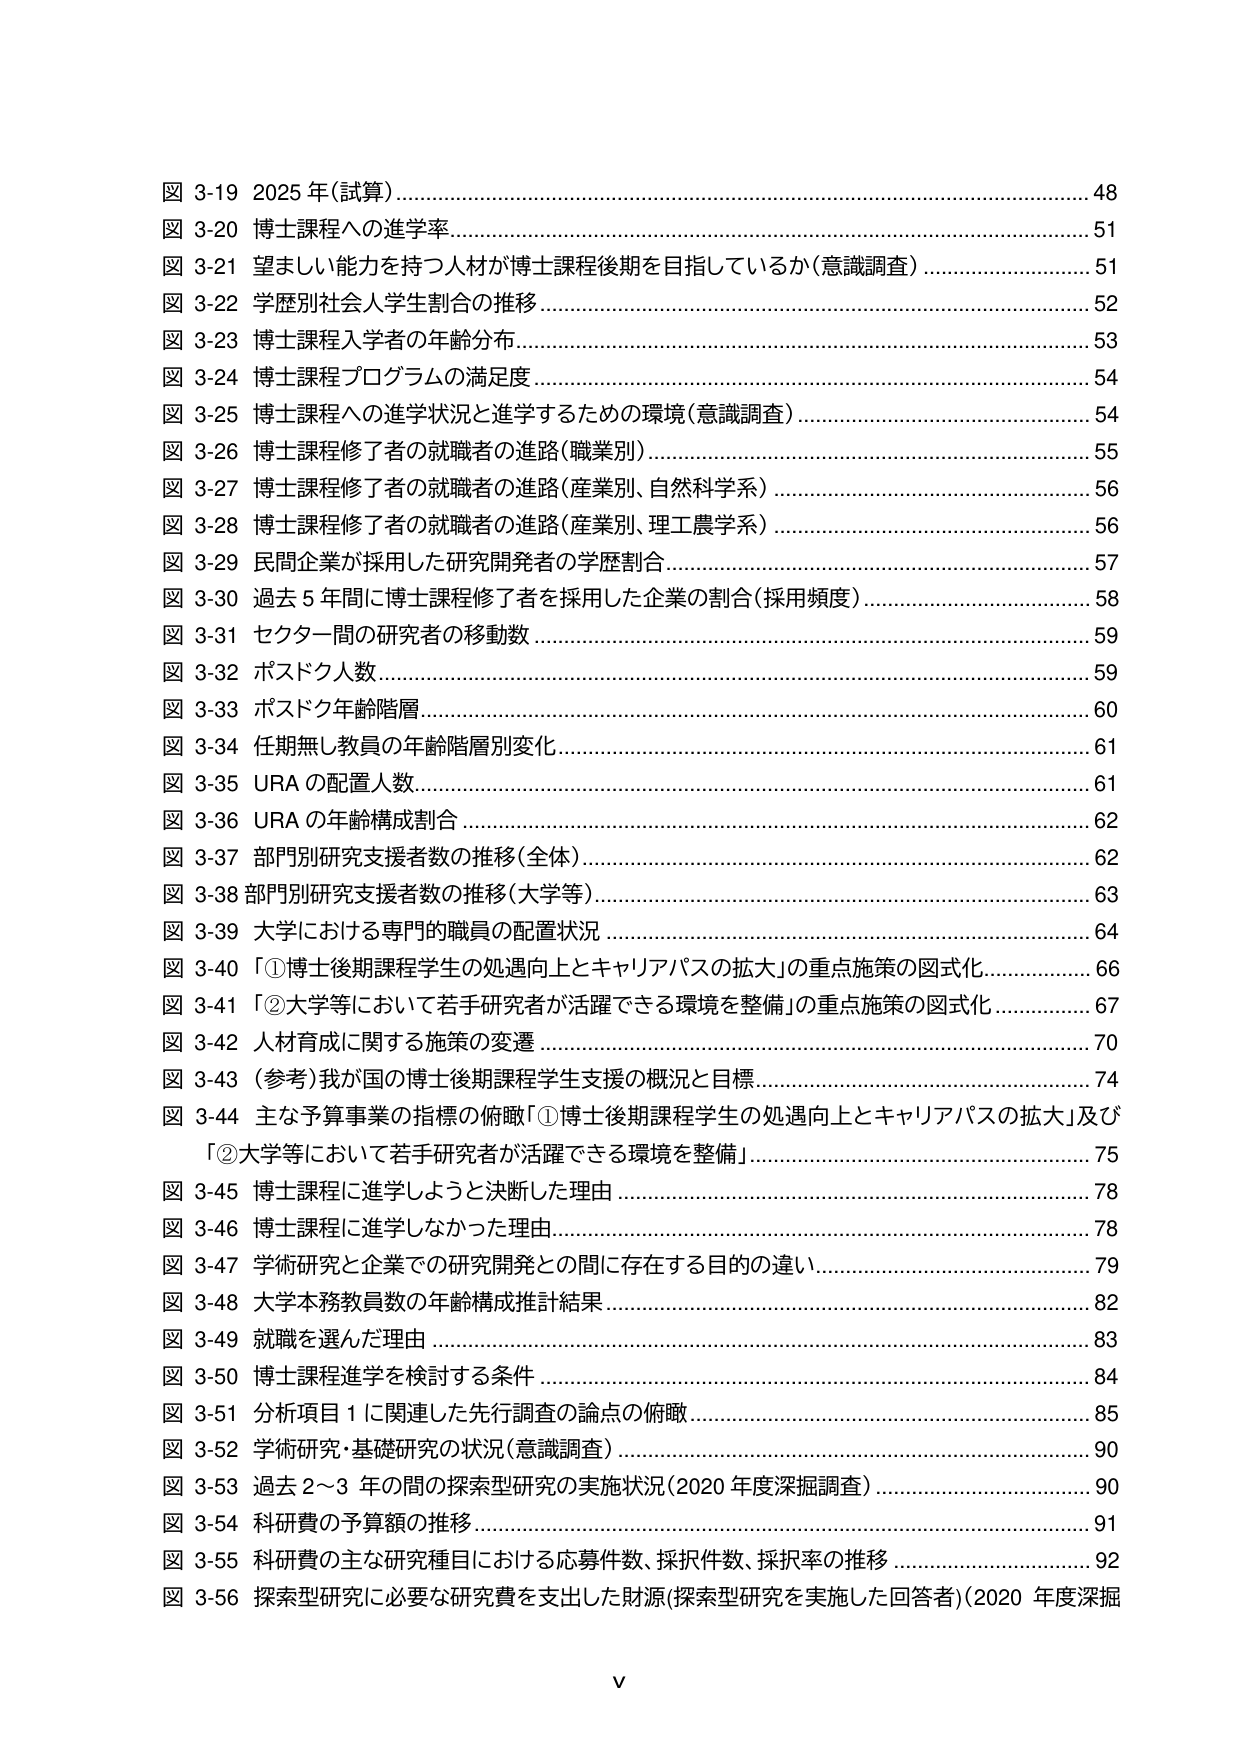
図 3-19 2025年（試算）…………………………………………………………………………………48
図 3-20 博士課程への進学率……………………………………………………………………………51
図 3-21 望ましい能力を持つ人が博士課程後期を目指しているか（意識調査）……………………51
図 3-22 学歴別社会人学生割合の推移…………………………………………………………………52
図 3-23 博士課程入学者の年齢分布……………………………………………………………………53
図 3-24 博士課程プログラムの満足度…………………………………………………………………54
図 3-25 博士課程への進学状況と進学するための環境（意識調査）………………………………54
図 3-26 博士課程修了者の就職者の進路（職業別）…………………………………………………55
図 3-27 博士課程修了者の就職者の進路（産業別、自然科学系）…………………………………56
図 3-28 博士課程修了者の就職者の進路（産業別、理工農学系）…………………………………56
図 3-29 民間企業が採用した研究開発者の学歴割合…………………………………………………57
図 3-30 過去5年間に博士課程修了者を採用した企業の割合（採用頻度）…………………………58
図 3-31 セクター間の研究者の移動数…………………………………………………………………59
図 3-32 ポスドク人数……………………………………………………………………………………59
図 3-33 ポスドク年齢階層………………………………………………………………………………60
図 3-34 任期無し教員の年齢階層別変化………………………………………………………………61
図 3-35 URAの配置人数…………………………………………………………………………………61
図 3-36 URAの年齢構成割合……………………………………………………………………………62
図 3-37 部門別研究支援者数の推移（全体）…………………………………………………………62
図 3-38 部門別研究支援者数の推移（大学等）………………………………………………………63
図 3-39 大学における専門的職員の配置状況…………………………………………………………64
図 3-40 「①博士後期課程学生の処遇向上とキャリアパスの拡大」の重点施策の図式化…………66
図 3-41 「②大学等において若手研究者が活躍できる環境を整備」の重点施策の図式化…………67
図 3-42 人材育成に関する施策の変遷…………………………………………………………………70
図 3-43 （参考）我が国の博士後期課程学生支援の概況と目標……………………………………74
図 3-44 主な予算事業の指標の俯瞰「①博士後期課程学生の処遇向上とキャリアパスの拡大」及び
　　「②大学等において若手研究者が活躍できる環境を整備」……………………………………75
図 3-45 博士課程に進学しようとした理由……………………………………………………………78
図 3-46 博士課程に進学しなかった理由……………………………………………………………78
図 3-47 学術研究と企業での研究開発との間に存在する目的の違い………………………………79
図 3-48 大学本務教員数の年齢構成推計結果…………………………………………………………82
図 3-49 就職を選んだ理由………………………………………………………………………………83
図 3-50 博士課程進学を検討する条件…………………………………………………………………84
図 3-51 分析項目1に関連した先行調査の論点の俯瞰………………………………………………85
図 3-52 学術研究・基礎研究の状況（意識調査）……………………………………………………90
図 3-53 過去2～3年の間の探索型研究の実施状況（2020年度深掘調査）…………………………90
図 3-54 科研費の予算額の推移…………………………………………………………………………91
図 3-55 科研費の主な研究種目における応募件数、採択件数、採択率の推移……………………92
図 3-56 探索型研究に必要な研究費を支出した財源（探索型研究を実施した回答者）（2020年度深掘

V